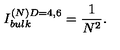
{ I _ { b u l k } ^ { ( N ) D = 4 , 6 } = { \frac { 1 } { N ^ { 2 } } } . }